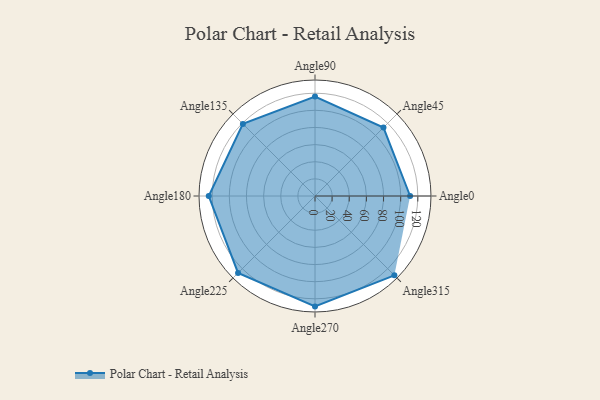
{"axis": {"x": "Angle", "y": "Radius"}, "legend": [""], "data": [{"x": "Angle0", "y": 111.0, "type": ""}, {"x": "Angle45", "y": 113.0, "type": ""}, {"x": "Angle90", "y": 116.0, "type": ""}, {"x": "Angle135", "y": 119.0, "type": ""}, {"x": "Angle180", "y": 124.0, "type": ""}, {"x": "Angle225", "y": 127.0, "type": ""}, {"x": "Angle270", "y": 129.0, "type": ""}, {"x": "Angle315", "y": 131.0, "type": ""}]}